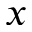
x